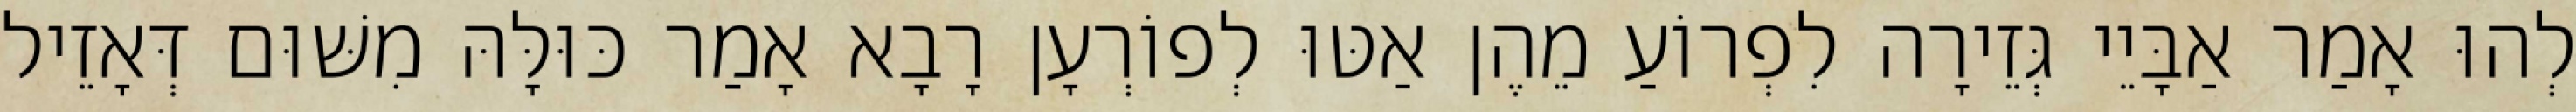
לְהוּ אָמַר אַבָּיֵי גְּזֵירָה לִפְרוֹעַ מֵהֶן אַטּוּ לְפוֹרְעָן רָבָא אָמַר כּוּלָּהּ מִשּׁוּם דְּאָזֵיל